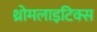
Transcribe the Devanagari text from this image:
थ्रोमलाइटिक्स